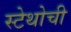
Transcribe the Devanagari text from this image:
स्टेथोची